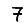
Digit: 7